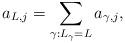
LaTeX: \begin{align*} a_{L, j} = \sum_{\gamma: L_{\gamma}= L} a_{\gamma, j}, \end{align*}